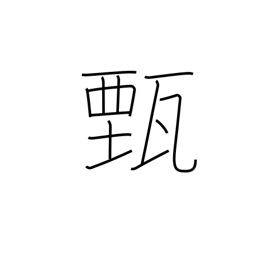
Meaning: make clear